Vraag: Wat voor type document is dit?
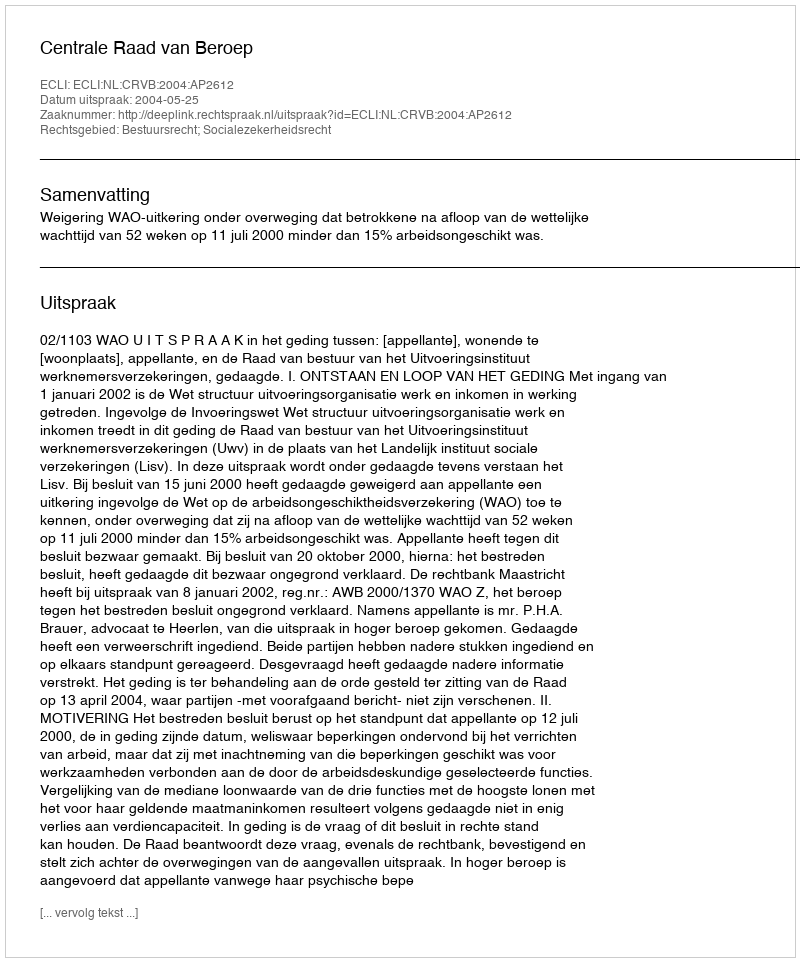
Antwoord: Uitspraak